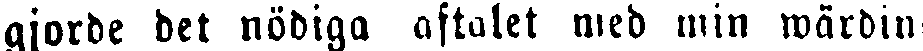
ajorde det nödiga aftalet med min wärdin-